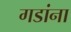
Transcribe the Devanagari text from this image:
गडांना